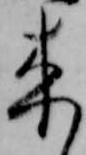
来